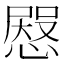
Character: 𢠬